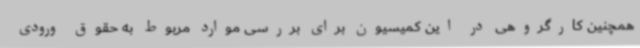
همچنین کارگروهی در این کمیسیون برای بررسی موارد مربوط به حقوق ورودی